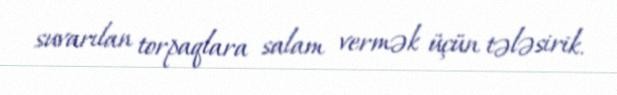
suvarılan torpaqlara salam vermək üçün tələsirik.